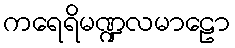
ကရေရိမဏ္ဍလမာဠော